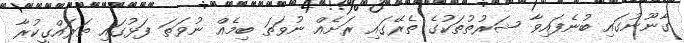
ގާނޫނުގައި ބުނެފައިވާ ޝަރުތުތަކުގެ ތެރޭގައި ރަށެއް ނުވަތަ ބިމެއް ނުވަތަ ފަޅުގައި ތަރައްގީކުރާ